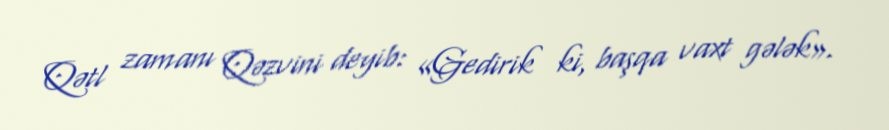
Qətl zamanı Qəzvini deyib: «Gedirik ki, başqa vaxt gələk».